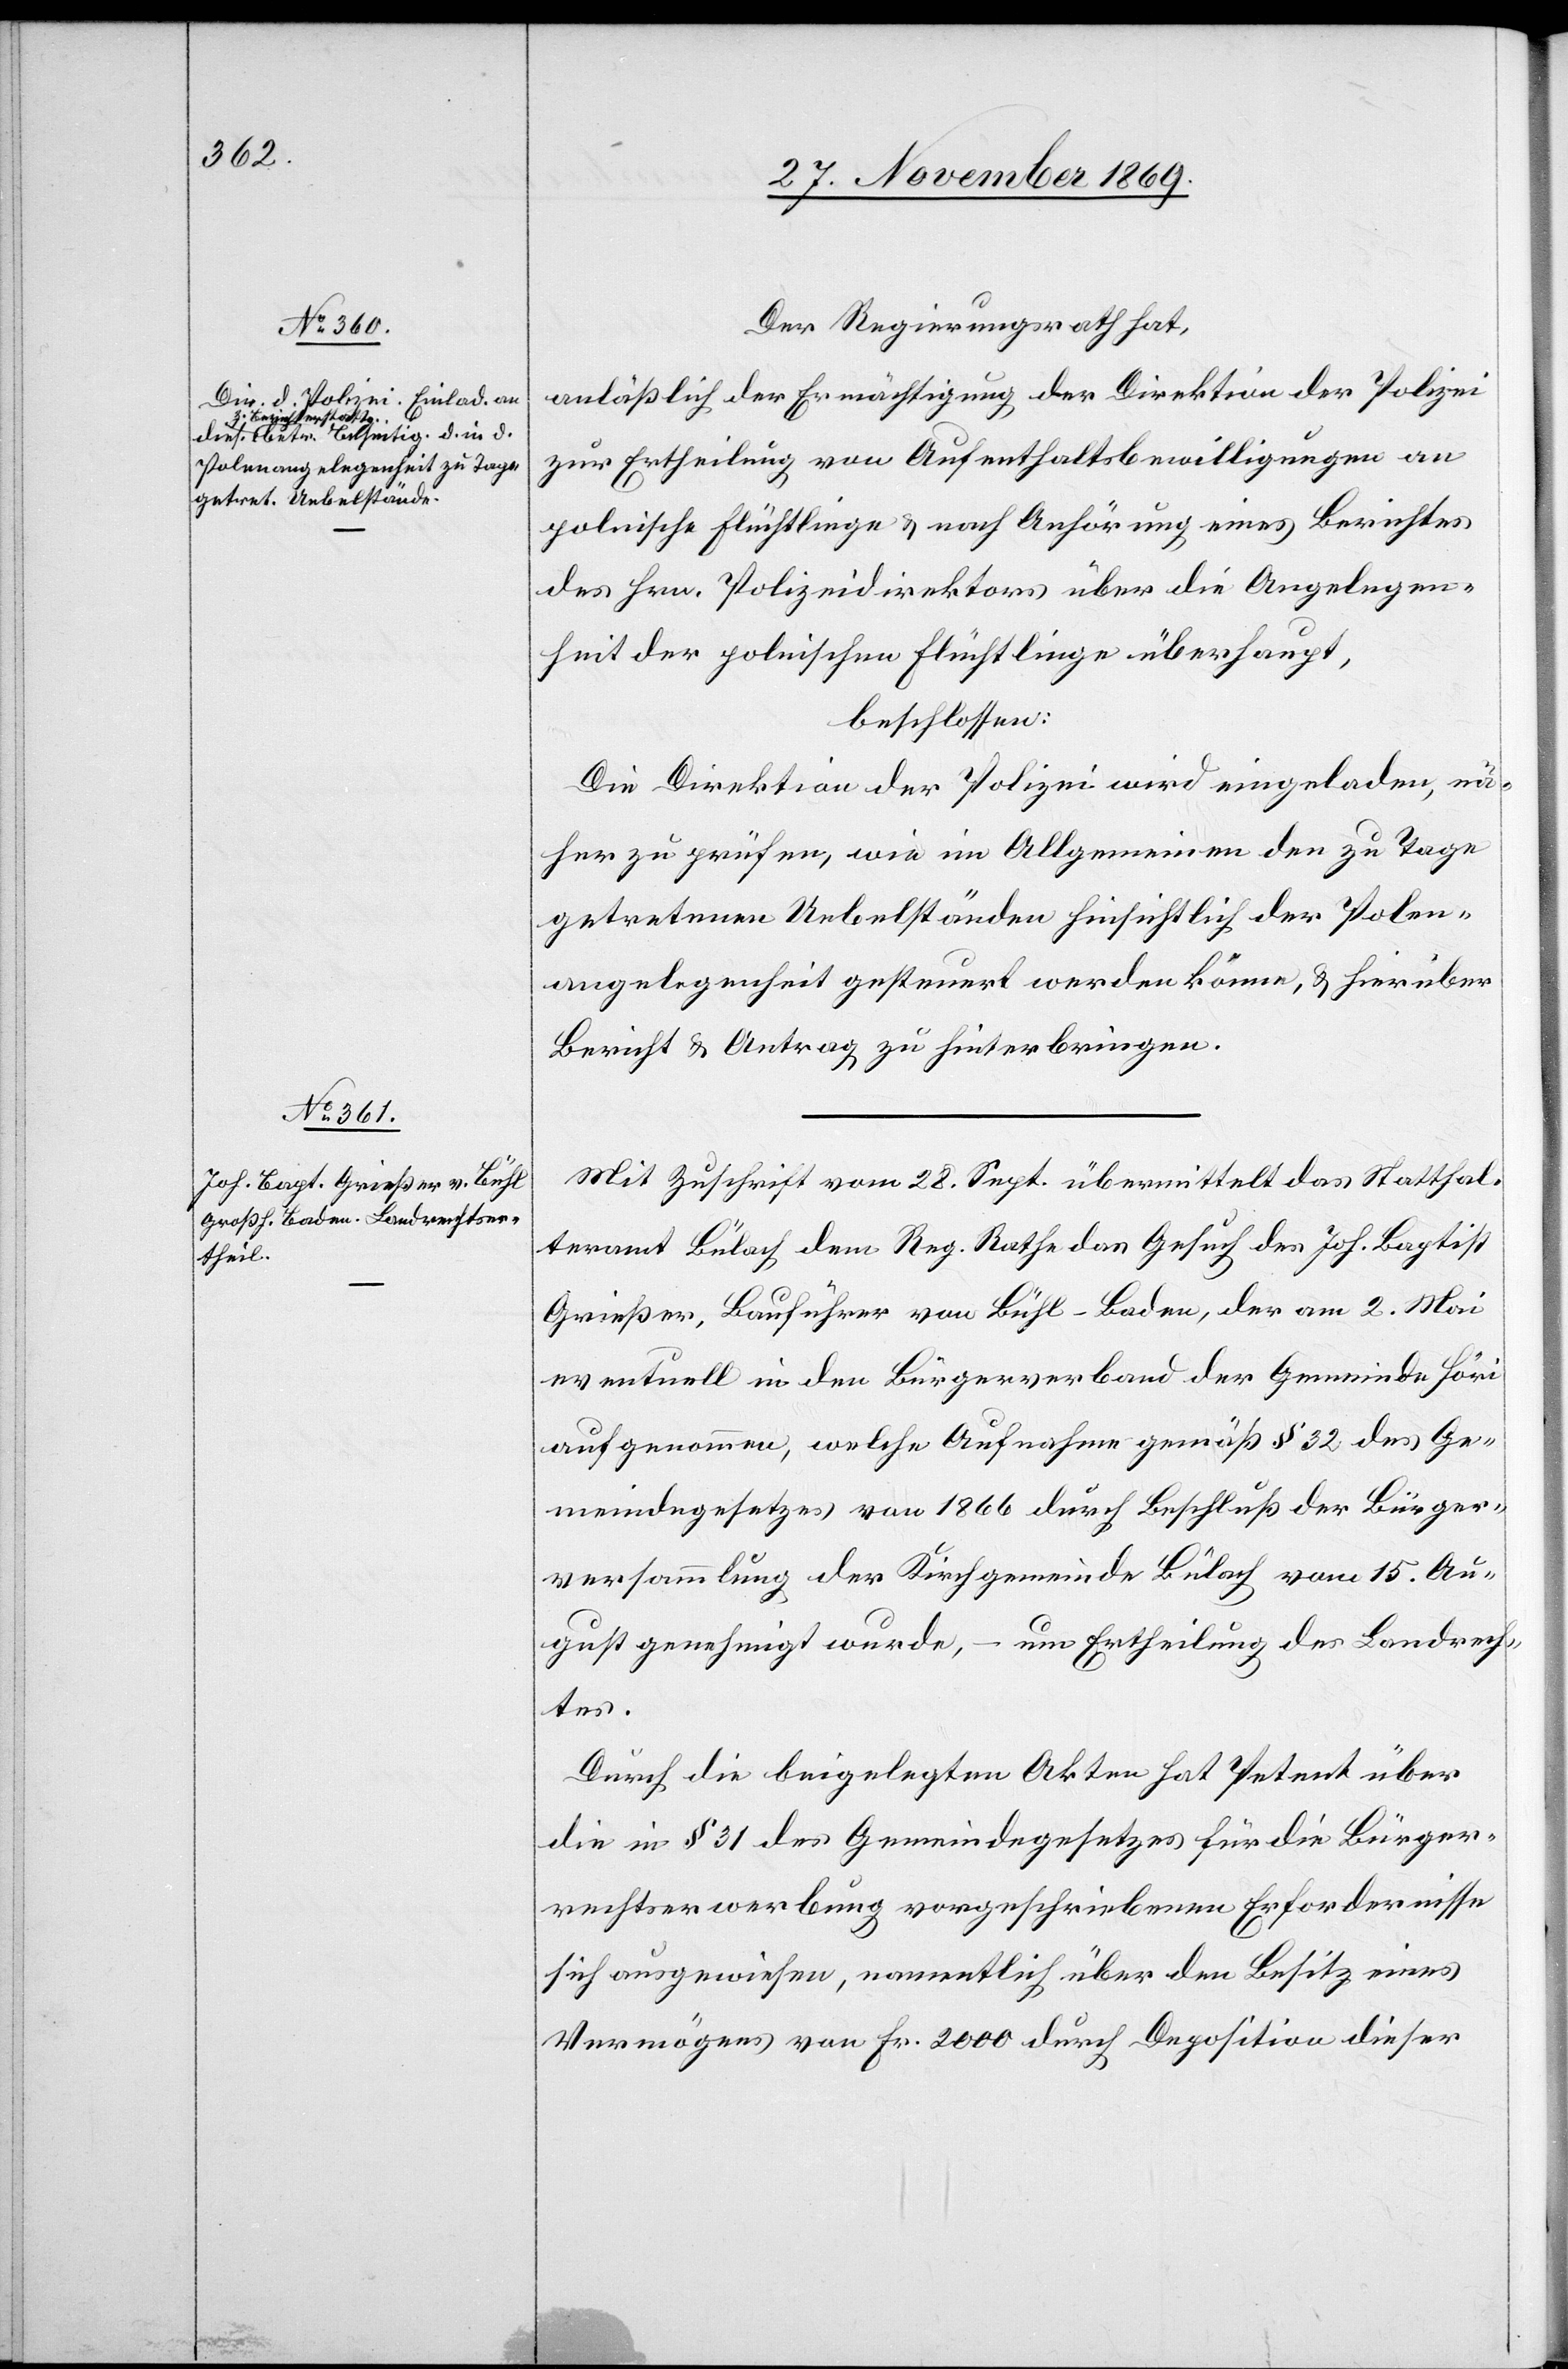
Der Regierungsrath hat,
anläßlich der Ermächtigung der Direktion der Polizei
zur Ertheilung von Aufenthaltsbewilligungen an
polnische Flüchtlinge & nach Anhörung eines Berichtes
des Hrn. Polizeidirektors über die Angelegen¬
heit der polnischen Flüchtlinge überhaupt,
beschlossen:
Die Direktion der Polizei wird eingeladen, nä¬
her zu prüfen, wie im Allgemeinen den zu Tage
getretenen Uebelständen hinsichtlich der Polen¬
angelegenheit gesteuert werden könne, & hierüber
Bericht & Antrag zu hinterbringen.
Mit Zuschrift vom 28. Sept. übermittelt das Statthal¬
teramt Bülach dem Reg. Rathe das Gesuch des Joh. Baptist
Grießer, Bauführer von Bühl - Baden, der am 2. Mai
eventuell in den Bürgerverband der Gemeinde Höri
aufgenommen, welche Aufnahme gemäß § 32 des Ge¬
meindegesetzes von 1866 durch Beschluß der Bürger¬
versammlung der Kirchgemeinde Bülach vom 15. Au¬
gust genehmigt wurde, – um Ertheilung des Landrech¬
tes.
Durch die beigelegten Akten hat Petent über
die in § 31 des Gemeindegesetzes für die Bürger¬
rechtserwerbung vorgeschriebenen Erfordernisse
sich ausgewiesen, namentlich über den Besitz eines
Vermögens von Fr. 2000 durch Deposition dieser